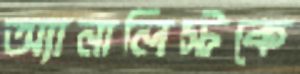
অ্যানালিস্টকে